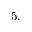
5 .